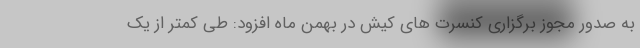
به صدور مجوز برگزاری کنسرت های کیش در بهمن ماه افزود: طی کمتر از یک